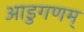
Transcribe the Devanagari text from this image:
आडुगणम्